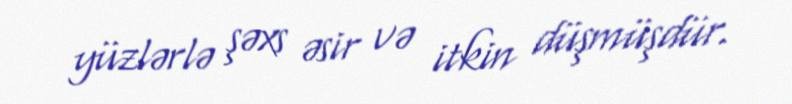
yüzlərlə şəxs əsir və itkin düşmüşdür.